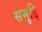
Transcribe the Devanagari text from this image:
समृद्दि